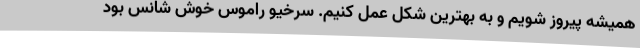
همیشه پیروز شویم و به بهترین شکل عمل کنیم. سرخیو راموس خوش شانس بود